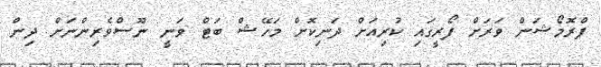
ޕްރޮމޯޝަން ވަރަށް ފޯރީގައި ކުރިއަށް ދަނިކޮށް މަހޭޝް ބަޓް ވަނީ ނޫސްވެރިންނަށް ދިން